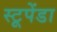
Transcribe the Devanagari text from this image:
स्टूपेंडा